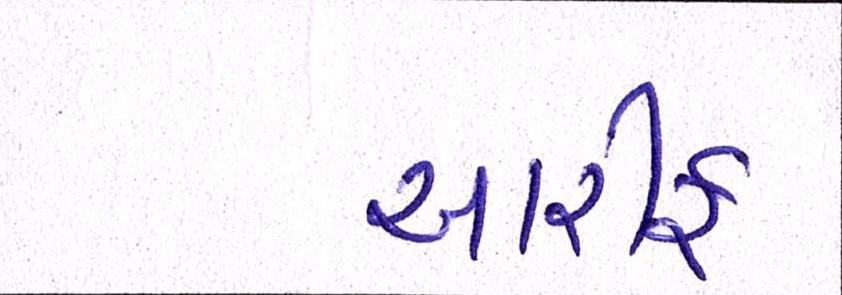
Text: આરીફ